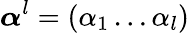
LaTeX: \boldsymbol{\alpha}^{l}=(\alpha_{1}\ldots\alpha_{l})